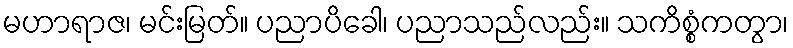
မဟာရာဇ၊ မင်းမြတ်။ ပညာပိခေါ၊ ပညာသည်လည်း။ သကိစ္စံကတွာ၊